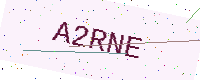
Text: A2RNE